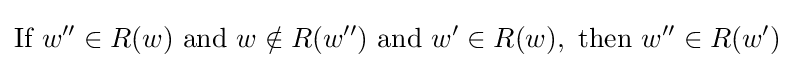
{\textrm {If~}}w''\in R(w){\textrm {~and~}}w\notin R(w''){\textrm {~and~}}w'\in R(w),{\textrm {~then~}}w''\in R(w')